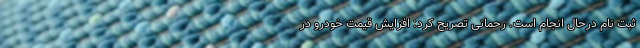
ثبت نام درحال انجام است. رحمانی تصریح کرد:‌ افزایش قیمت خودرو در